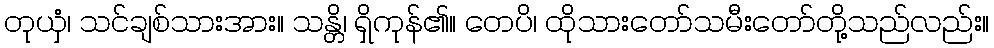
တုယှံ၊ သင်ချစ်သားအား။ သန္တိ၊ ရှိကုန်၏။ တေပိ၊ ထိုသားတော်သမီးတော်တို့သည်လည်း။